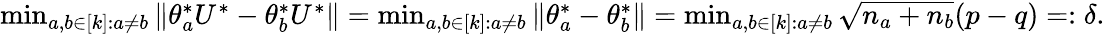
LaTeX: \begin{array}{r}{\operatorname*{min}_{a,b\in[k]:a\neq b}\left\| {\theta_{a}^{*}U^{*}-\theta_{b}^{*}U^{*}}\right\| =\operatorname*{min}_{a,b\in[k]:a\neq b}\left\| {\theta_{a}^{*}-\theta_{b}^{*}}\right\| =\operatorname*{min}_{a,b\in[k]:a\neq b}\sqrt{n_{a}+n_{b}}(p-q)=:\delta.}\end{array}